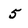
Character: 5